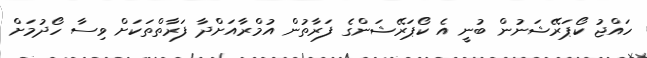
ހައްޖު ކޯޕަރޭޝަނުން ބުނީ އެ ކޯޕަރޭޝަންގެ ފަރާތުން އުމްރާއަށްދާ ފަރާތްތަކަށް ވިސާ ހޯދުމަށް